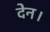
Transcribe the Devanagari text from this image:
देन।